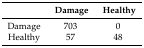
|  | Damage | Healthy |
 | --- | --- | --- |
 | Damage | 703 | 0 |
 | Healthy | 57 | 48 |